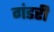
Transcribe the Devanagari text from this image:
गंडरी